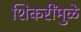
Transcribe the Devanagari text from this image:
शिकरींमुळे